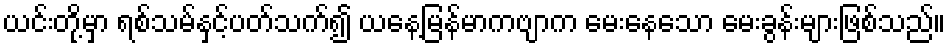
ယင်းတို့မှာ ရစ်သမ်နှင့်ပတ်သက်၍ ယနေ့မြန်မာကဗျာက မေးနေသော မေးခွန်းများဖြစ်သည်။